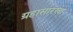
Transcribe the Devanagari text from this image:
ग्रहासारखा